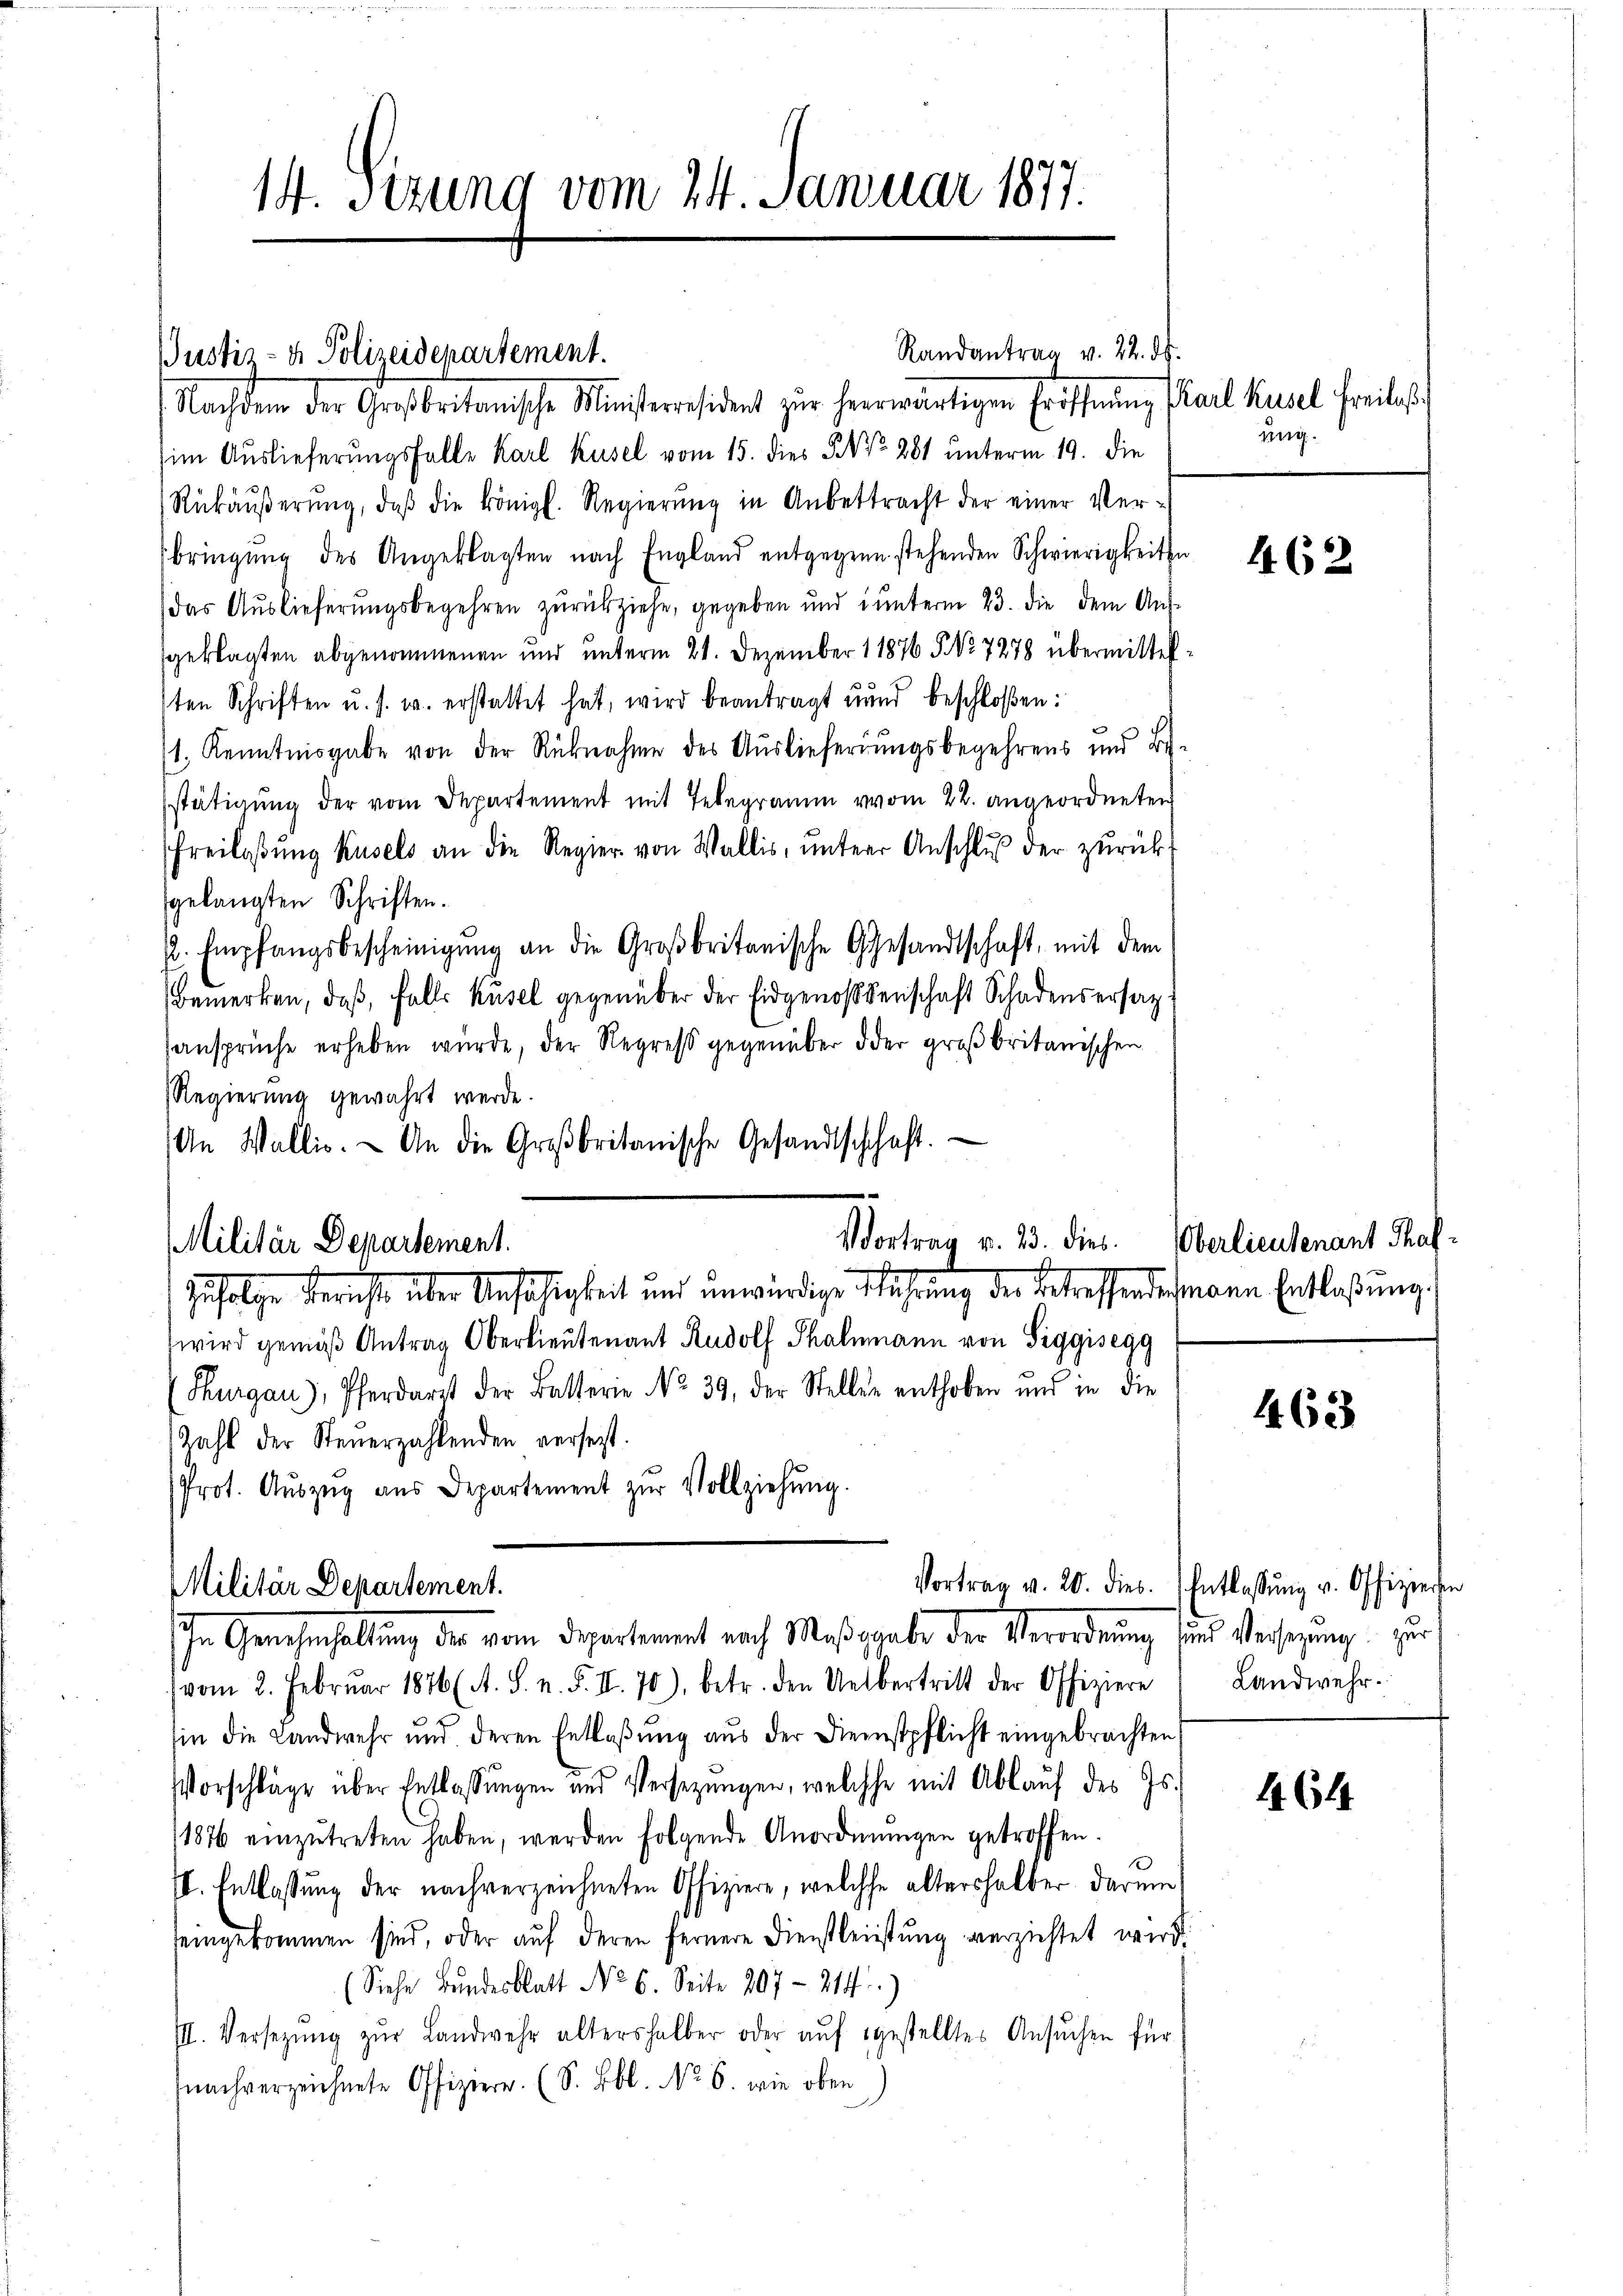
14. Setzung vom 24. Januar 1877.

Nachdem der Großbritanische Ministerresident zur herwärtigen Eröffnung srael Karl Freibesch
im Auslieferungsfalle Karl Kusel vom 15. dies No 281 unterm 19. die
Rükäŭβerŭng, daβ die königl. Regierŭng in Anbettracht der einer Ver-
bringung des Angeklagten nach England entgegene stehenden Schwierigkeiten
das Auslieferungsbegehren zurückziehe, gegeben und unterm 23. die dem Aus-
sgeklagten abgenommenen und unterm 21. Dezember 11876 § No 7278 übermittelsten Schriften u. s. w. erstattet hat, wird beantragt unnd beschloßen:
1. Kenntnisgabe von der Rücknahme des Auslieferungsbegehrens und Be-
stätigung der vom Departement mit Telegramm vom 22. angeordneten
Freilassung kusels an die Regier von Wallis, unterer Anschluß der zurückgelangten Schriften.
. Empfangsbescheinigŭng an die Großbritanische Gesandtschaft, mit dem
Bemerken, daß, falls kusel gegenüber der Eidgenossenschaft Schadensersatzsansprüche erheben wurde, der Regreß gegenüber oder großbritanischen
Regierung gewährt werde.
An Wallis. An die Großbritanische Gesandtschhaft.

JJustiz- & Polizeidepartement.

Vortrag v. 13. dies
Militär Departement.
zufolge Berichte über Unfähigkeit und unwürdige Mehrung der betreffendesmann Entlaßung,

Militär Departement.

Randantrag v. 22. ds.

wird gemäß Antrag Oberlieutenant Rudolf Thalmann von Siggisegg
(Thurgau), Pferdarzt der Batterie No. 39, der Stellen enthoben und in die
Zahl der Steuerzahlenden versetzt.
Prot. Aŭszŭg aŭs Departement zŭr Vollziehŭng.

Vortrag v. 20. dies.
In Genehmhaltung der vom Departement nach Maßgabe der Verordnung und Versetzung zur

(vom 2. Februar 1876 (A. S. n. F. II. 70), betr. den Uebertritt der Offiziere
hin die Landwehr und deren Entlaβŭng aŭs der Dienstpflicht eingebrachten
Vorschläge über Entlassungen und Versezungen, welche mit Ablauf des Is.
1876 einzŭtreten haben, werden folgende Anordnungen getroffen.
II. Entlassung der nachverzeichneten Offiziere, welche altershalber darum
eingekommen sind, oder auf deren fernere Dienstleistung verzichtet wird.
Siehe Bundesblatt No. 6. Seite 207 - 214)
III. Versetzŭng zŭr Landwehr altershalber oder aŭf gestelltes Ansŭchen für
nachverzeichnete Offiziere. (S. Lbl. No. 6. wie oben

ung.

462

Oberlieutenant Thaf¬

463

Entlassung v. Offizieren
Landwehr.

464